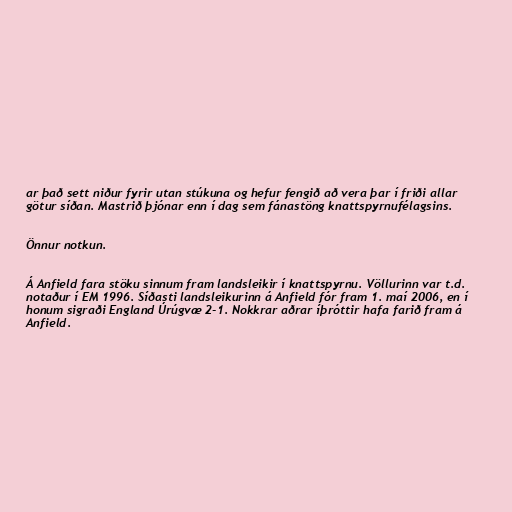
ar það sett niður fyrir utan stúkuna og hefur fengið að vera þar í friði allar
götur síðan. Mastrið þjónar enn í dag sem fánastöng knattspyrnufélagsins.

Önnur notkun.

Á Anfield fara stöku sinnum fram landsleikir í knattspyrnu. Völlurinn var t.d.
notaður í EM 1996. Síðasti landsleikurinn á Anfield fór fram 1. maí 2006, en í
honum sigraði England Úrúgvæ 2-1. Nokkrar aðrar íþróttir hafa farið fram á
Anfield.